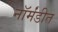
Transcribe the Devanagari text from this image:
नॉर्मंडीत